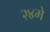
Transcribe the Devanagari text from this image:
२४मे